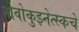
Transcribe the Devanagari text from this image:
नोवोकुझ्नेत्स्कचे